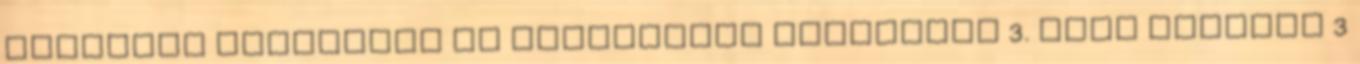
fogáserő Vaszistha és Visvámitra története 3. rész február 3